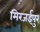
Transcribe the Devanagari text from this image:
मिरजईपुर